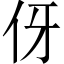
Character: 伢